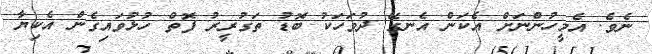
ނެވެ. އެމީހުންނަށް އެކަން އެނގޭ ދުވަހަކު ބޮޑު ތަގުރީރު ފޮތް ހުޅުވައިގެން އެކިޔާ